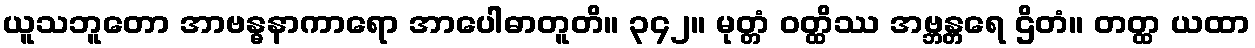
ယူသဘူတော အာဗန္ဓနာကာရော အာပေါဓာတူတိ။ ၃၄၂။ မုတ္တံ ဝတ္ထိဿ အဗ္ဘန္တရေ ဌိတံ။ တတ္ထ ယထာ